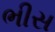
ભીસ